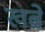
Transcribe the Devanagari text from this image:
खब्रें